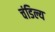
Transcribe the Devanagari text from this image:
चंडिल्य